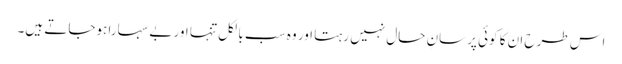
اس طرح ان کا کوئی پرسانِ حال نہیں رہتا اور وہ سب بالکل تنہا اور بے سہارا ہوجاتے ہیں۔